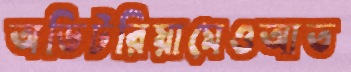
অডিটরিয়ামেওআত